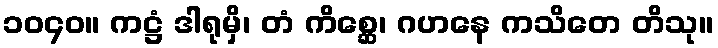
၁၀၄၀။ ကဋ္ဌံ ဒါရုမှိ၊ တံ ကိစ္ဆေ၊ ဂဟနေ ကသိတေ တိသု။